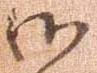
御